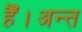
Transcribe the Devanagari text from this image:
हैँ।अन्त